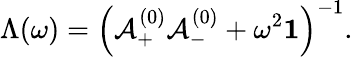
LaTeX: \Lambda(\omega)=\left(\mathbf{\mathcal{A}}_{+}^{(0)}\mathbf{\mathcal{A}}_{-}^{(0)}+\omega^{2}\mathbf{1}\right)^{-1}.